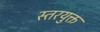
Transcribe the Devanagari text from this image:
स्तरयुक्त